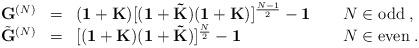
LaTeX: \begin{align*}\begin{array}{llll}{\bf G}^{(N)}&=&({\bf 1}+{\bf K})[({\bf 1}+{\bf \tilde{K}})({\bf 1}+{\bf K})]^{\frac{N-1}{2}}-{\bf 1}\;\;\;&\;N\in\mbox{odd}\;,\\ \tilde{{\bf G}}^{(N)}&=&[({\bf 1}+{\bf K})({\bf 1}+{\bf \tilde{K}})]^{\frac{N}{2}}-{\bf 1}\;\;\;&\;N\in\mbox{even}\;. \end{array}\end{align*}